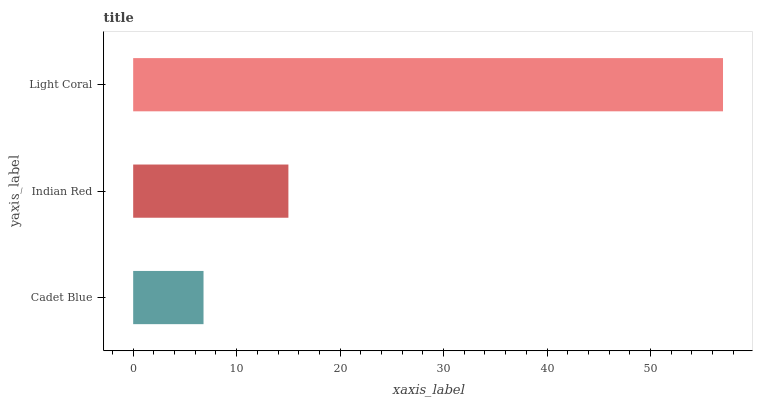
| yaxis_label | bars |
 | --- | --- |
 | Cadet Blue | 6.8 |
 | Indian Red | 15 |
 | Light Coral | 57 |